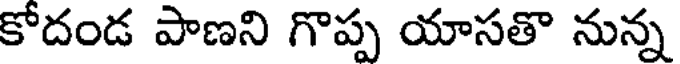
కోదండ పాణని గొప్ప యాసతొ నున్న